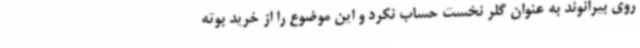
روی بیرانوند به عنوان گلر نخست حساب نکرد و این موضوع را از خرید بوته